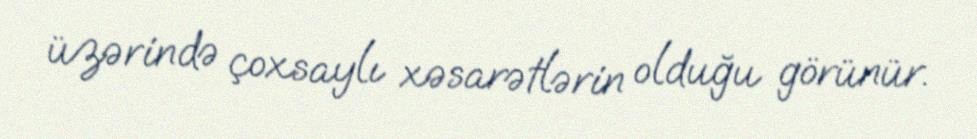
üzərində çoxsaylı xəsarətlərin olduğu görünür.